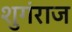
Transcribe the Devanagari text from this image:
शुगंराज